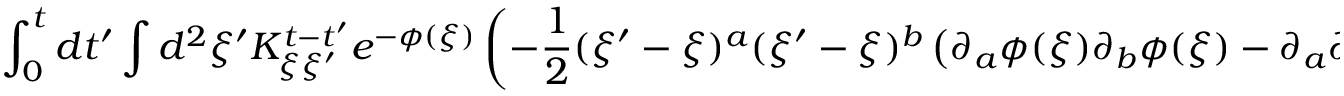
\int _ { 0 } ^ { t } d t ^ { \prime } \int d ^ { 2 } \xi ^ { \prime } K _ { \xi \xi ^ { \prime } } ^ { t - t ^ { \prime } } e ^ { - \phi ( \xi ) } \left( - \frac { 1 } { 2 } ( \xi ^ { \prime } - \xi ) ^ { a } ( \xi ^ { \prime } - \xi ) ^ { b } \left( \partial _ { a } \phi ( \xi ) \partial _ { b } \phi ( \xi ) - \partial _ { a } \partial _ { b } \phi ( \xi ) \right) \right) \Delta ^ { \prime } K _ { \xi ^ { \prime } \xi } ^ { t ^ { \prime } }